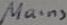
Text: Mains